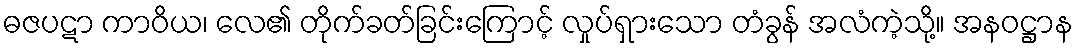
ဓဇပဋာ ကာဝိယ၊ လေ၏ တိုက်ခတ်ခြင်းကြောင့် လှုပ်ရှားသော တံခွန် အလံကဲ့သို့။ အနဝဋ္ဌာန